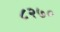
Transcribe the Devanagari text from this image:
८२७०